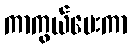
ကာကွယ်ပေးကာ